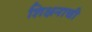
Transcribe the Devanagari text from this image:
शिक्षनाची